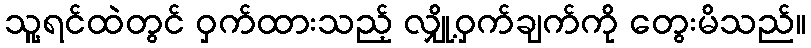
သူ့ရင်ထဲတွင် ဝှက်ထားသည့် လျှို့ဝှက်ချက်ကို တွေးမိသည်။